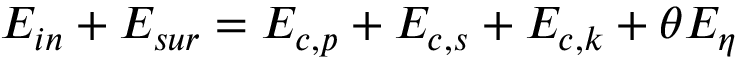
{ { E } _ { i n } } + { { E } _ { s u r } } = { { E } _ { c , p } } + { { E } _ { c , s } } + { { E } _ { c , k } } + \theta { { E } _ { \eta } }